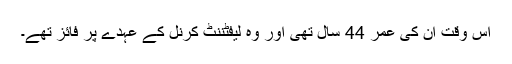
اس وقت ان کی عمر 44 سال تھی اور وہ لیفٹننٹ کرنل کے عہدے پر فائز تھے۔